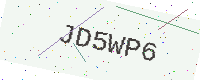
Text: JD5WP6